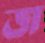
জ